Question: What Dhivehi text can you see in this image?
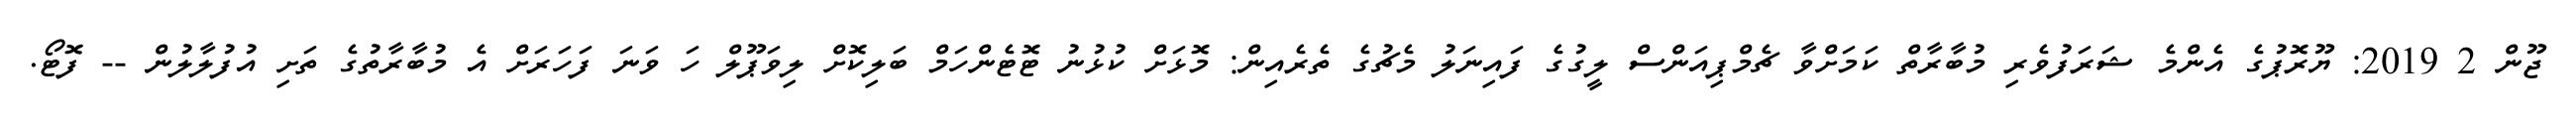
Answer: ޖޫން 2 2019: ޔޫރޮޕުގެ އެންމެ ޝަރަފުވެރި މުބާރާތް ކަމަށްވާ ޗެމްޕިއަންސް ލީގުގެ ފައިނަލު މެޗުގެ ތެރެއިން: މޮޅަށް ކުޅުނު ޓޮޓެންހަމް ބަލިކޮށް ލިވަޕޫލް ހަ ވަނަ ފަހަރަށް އެ މުބާރާތުގެ ތަށި އުފުލާލުން -- ފޮޓޯ.